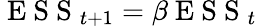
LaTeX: \mathrm{~E~S~S~}_{t+1}=\beta\mathrm{~E~S~S~}_{t}